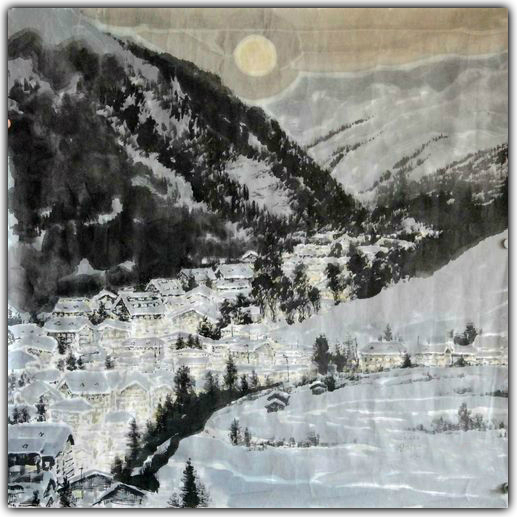
冰合井泉月入闺，金缸青凝照悲啼。